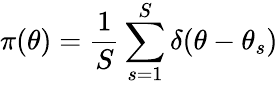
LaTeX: \pi(\theta)=\frac{1}{S}\sum_{s=1}^{S}\delta(\theta-\theta_{s})